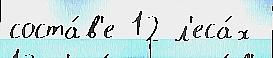
соста́в'е 12 л'еса́х